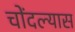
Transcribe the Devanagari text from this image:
चोंदल्यास